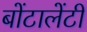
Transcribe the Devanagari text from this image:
बोंटालेंटी